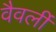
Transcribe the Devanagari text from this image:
वैवर्ली